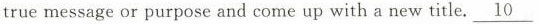
true message or purpose and come up with a new title. \underline{10}